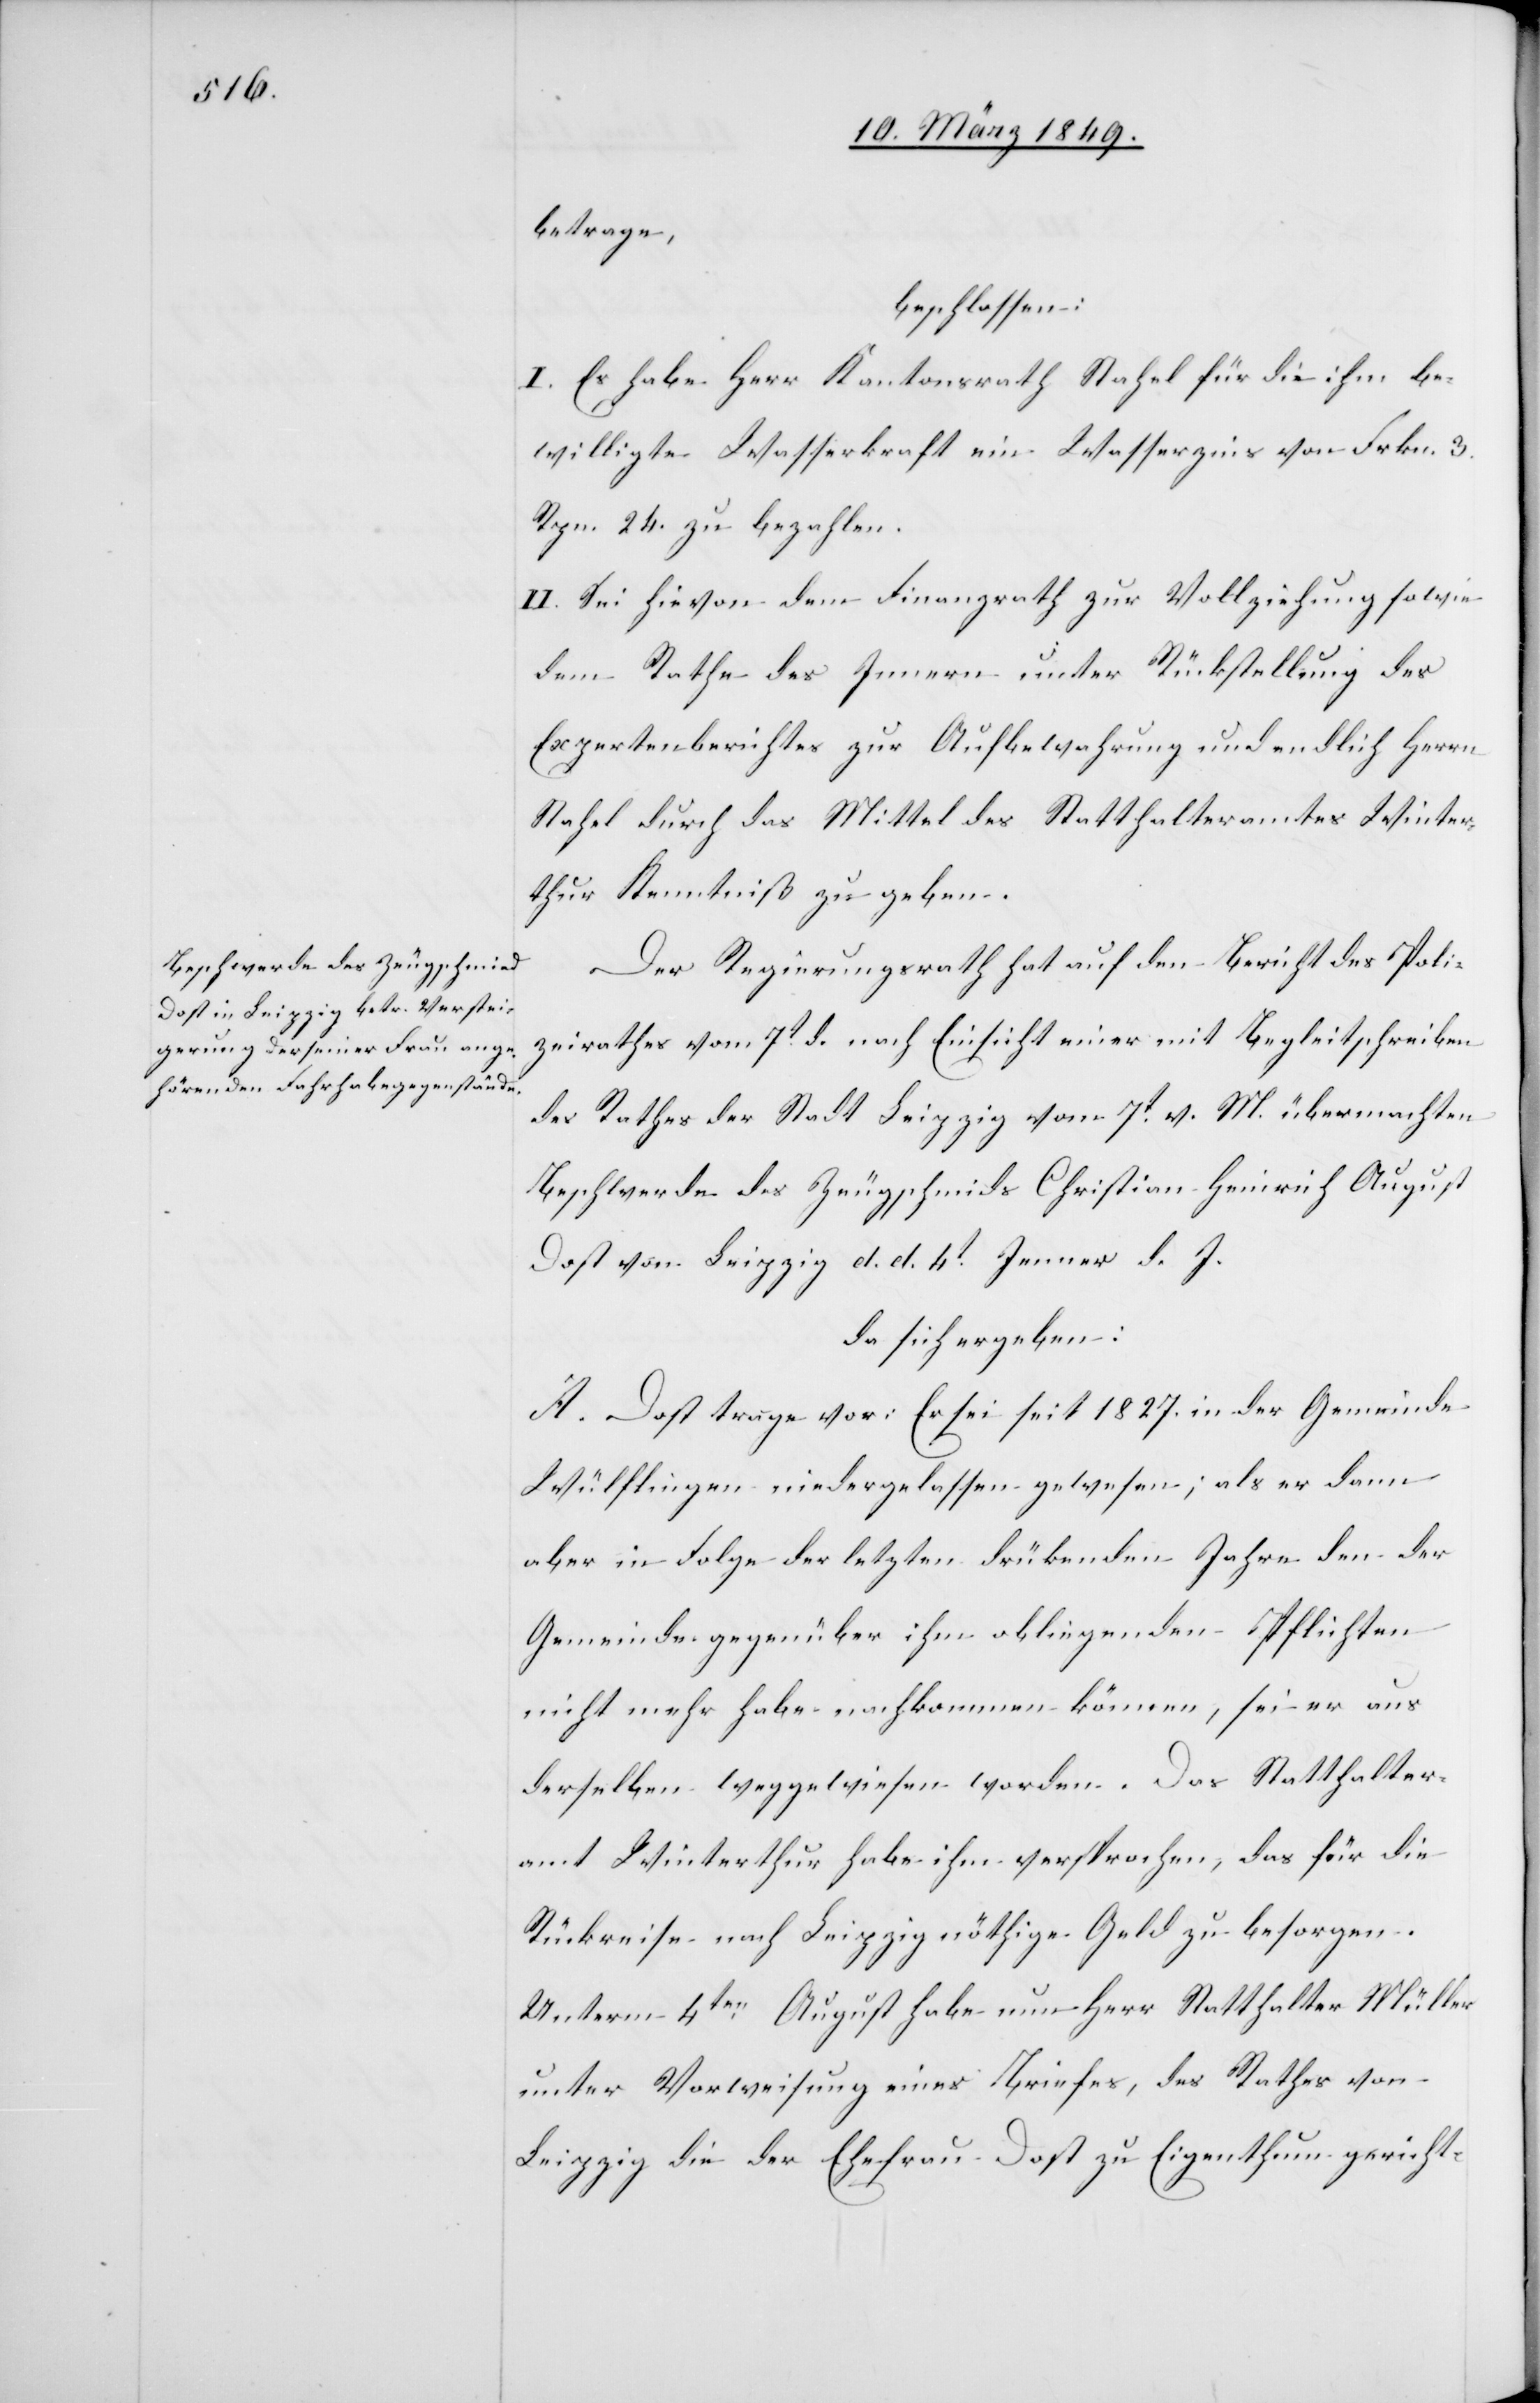
betrage,
beschlossen:
I. Es habe Herr Kantonsrath Stahel für die ihm be¬
willigte Wasserkraft ein Wasserzins von Frkn. 3.
Rpn. 24. zu bezahlen.
II. Sei hievon dem Finanzrath zur Vollziehung sowie
dem Rathe des Innern unter Rückstellung des
Expertenberichtes zur Aufbewahrung und endlich Herrn
Stahel durch das Mittel des Statthalteramtes Winter¬
thur Kenntniß zu geben.
Der Regierungsrath hat auf den Bericht des Poli¬
zeirathes vom 7t. d. nach Einsicht einer mit Begleitschreiben
des Rathes der Stadt Leipzig vom 7t. v. M. übermachten
Beschwerde des Zeugschmids Christian Heinrich August
Dost von Leipzig d. d. 4t. Jenner d. J.
da sich ergeben:
A. Dost trage vor: Er sei seit 1827. in der Gemeinde
Wülflingen niedergelassen gewesen; als er dann
aber in Folge der letzten drükenden Jahre den der
Gemeinde gegenüber ihm obliegenden Pflichten
nicht mehr habe nachkommen können, sei er aus
derselben weggewiesen worden. Das Statthalter¬
amt Winterthur habe ihm versprochen, das für die
Rückreise nach Leipzig nöthige Geld zu besorgen.
Unterm 4ten. August habe nun Herr Statthalter Müller
unter Vorweisung eines Briefes, des Rathes von
Leipzig die der Ehefrau Dost zu Eigenthum gericht-